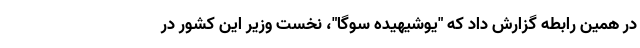
در همین رابطه گزارش داد که "یوشیهیده سوگا"، نخست وزیر این کشور در